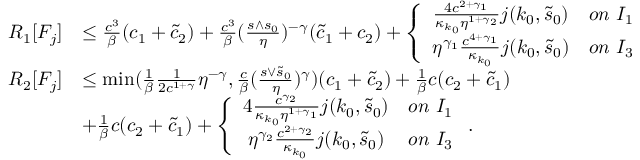
\begin{array} { r l } { R _ { 1 } [ F _ { j } ] } & { \le \frac { c ^ { 3 } } \beta ( c _ { 1 } + \tilde { c } _ { 2 } ) + \frac { c ^ { 3 } } \beta ( \frac { s \wedge s _ { 0 } } \eta ) ^ { - \gamma } ( \tilde { c } _ { 1 } + c _ { 2 } ) + \left\{ \begin{array} { c c } { \frac { 4 c ^ { 2 + \gamma _ { 1 } } } { \kappa _ { k _ { 0 } } \eta ^ { 1 + \gamma _ { 2 } } } j ( k _ { 0 } , \tilde { s } _ { 0 } ) } & { o n \ I _ { 1 } } \\ { \eta ^ { \gamma _ { 1 } } \frac { c ^ { 4 + \gamma _ { 1 } } } { \kappa _ { k _ { 0 } } } j ( k _ { 0 } , \tilde { s } _ { 0 } ) } & { o n \ I _ { 3 } } \end{array} \right. } \\ { R _ { 2 } [ F _ { j } ] } & { \le \operatorname* { m i n } ( \frac 1 \beta \frac 1 { 2 c ^ { 1 + \gamma } } \eta ^ { - \gamma } , \frac c \beta ( \frac { s \vee \tilde { s } _ { 0 } } \eta ) ^ { \gamma } ) ( c _ { 1 } + \tilde { c } _ { 2 } ) + \frac 1 \beta c ( c _ { 2 } + \tilde { c } _ { 1 } ) } \\ & { + \frac 1 \beta c ( c _ { 2 } + \tilde { c } _ { 1 } ) + \left\{ \begin{array} { c c } { 4 \frac { c ^ { \gamma _ { 2 } } } { \kappa _ { k _ { 0 } } \eta ^ { 1 + \gamma _ { 1 } } } j ( k _ { 0 } , \tilde { s } _ { 0 } ) } & { o n \ I _ { 1 } } \\ { \eta ^ { \gamma _ { 2 } } \frac { c ^ { 2 + \gamma _ { 2 } } } { \kappa _ { k _ { 0 } } } j ( k _ { 0 } , \tilde { s } _ { 0 } ) } & { o n \ I _ { 3 } } \end{array} \right. . } \end{array}